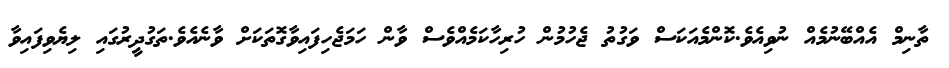
ތާނިމް އެއްބޭނުމެއް ނުވިއެވެ.ކޮންމެއަކަސް ވަގުތު ޖެހުމުން ހުރިހާކަމެއްވެސް ވާން ހަމަޖެހިފައިވާގޮތަކަށް ވާނެއެވެ.ތަގުދީރުގައި ލިޔެވިފައިވާ